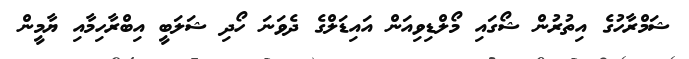
ޝަމްރާހުގެ އިތުރުން ޝޯގައި މޯލްޑިވިއަން އައިޑަލްގެ ދެވަނަ ހޯދި ޝަލަބީ އިބްރާހިމާއި ޔާމީން